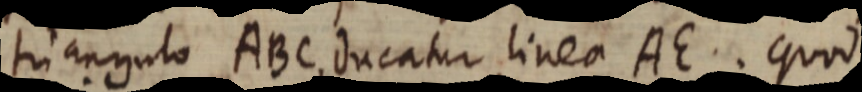
triangulo ABC ducatur linea AE. quod